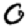
Digit: 0